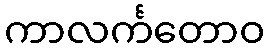
ကာလင်္ကတောဝ